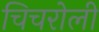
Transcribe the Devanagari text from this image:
चिचरोली